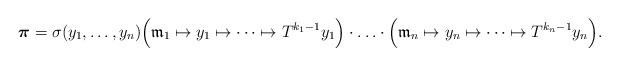
\begin{align*} \boldsymbol{\pi}=\sigma(y_1,\ldots,y_n)\Big(\mathfrak{m}_1\mapsto y_1\mapsto\cdots\mapsto T^{k_1-1}y_1\Big)\cdot\ldots\cdot\Big(\mathfrak{m}_n\mapsto y_n\mapsto \cdots\mapsto T^{k_n-1}y_n\Big).\end{align*}